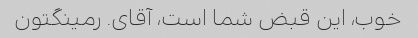
خوب، این قبض شما است، آقای. رمینگتون